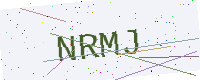
Text: NRMJ